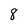
Character: 8